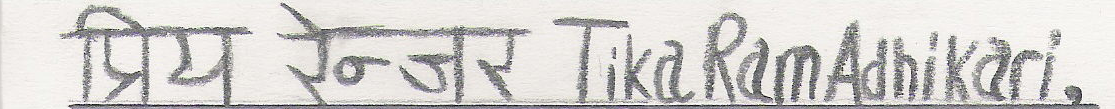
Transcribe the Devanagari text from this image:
प्रिय प्रोफेसर Tika Ram Adhikari.